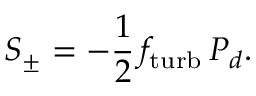
S _ { \pm } = - \frac { 1 } { 2 } \, f _ { \mathrm { t u r b } } \, P _ { d } .